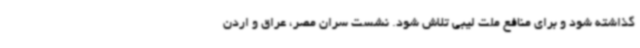
گذاشته شود و برای منافع ملت لیبی تلاش شود. نشست سران مصر، عراق و اردن